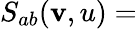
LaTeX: S_{ab}(\mathbf{v},u)=